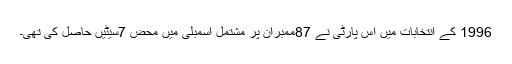
1996 کے انتخابات میں اس پارٹی نے 87ممبران پر مشتمل اسمبلی میں محض 7سیٹیں حاصل کی تھی۔